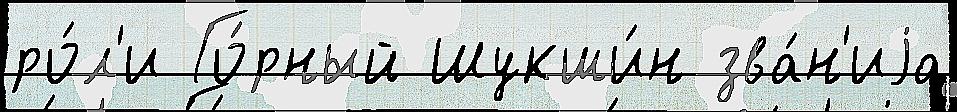
ро́л'и Го́рный Шукши́н зва́н'иjа